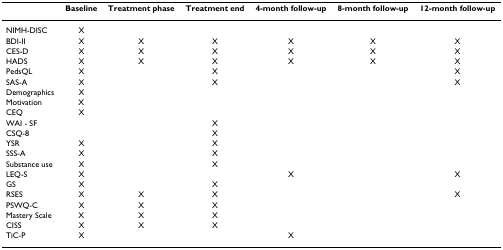
<table><thead><tr><td></td><td><b>Baseline</b></td><td><b>Treatment phase</b></td><td><b>Treatment end</b></td><td><b>4-month follow-up</b></td><td><b>8-month follow-up</b></td><td><b>12-month follow-up</b></td></tr></thead><tbody><tr><td>NIMH-DISC</td><td>X</td><td></td><td></td><td></td><td></td><td></td></tr><tr><td>BDI-II</td><td>X</td><td>X</td><td>X</td><td>X</td><td>X</td><td>X</td></tr><tr><td>CES-D</td><td>X</td><td>X</td><td>X</td><td>X</td><td>X</td><td>X</td></tr><tr><td>HADS</td><td>X</td><td>X</td><td>X</td><td>X</td><td>X</td><td>X</td></tr><tr><td>PedsQL</td><td>X</td><td></td><td>X</td><td></td><td></td><td>X</td></tr><tr><td>SAS-A</td><td>X</td><td></td><td>X</td><td></td><td></td><td>X</td></tr><tr><td>Demographics</td><td>X</td><td></td><td></td><td></td><td></td><td></td></tr><tr><td>Motivation</td><td>X</td><td></td><td></td><td></td><td></td><td></td></tr><tr><td>CEQ</td><td>X</td><td></td><td></td><td></td><td></td><td></td></tr><tr><td>WAI - SF</td><td></td><td></td><td>X</td><td></td><td></td><td></td></tr><tr><td>CSQ-8</td><td></td><td></td><td>X</td><td></td><td></td><td></td></tr><tr><td>YSR</td><td>X</td><td></td><td>X</td><td></td><td></td><td></td></tr><tr><td>SSS-A</td><td>X</td><td></td><td>X</td><td></td><td></td><td></td></tr><tr><td>Substance use</td><td>X</td><td></td><td>X</td><td></td><td></td><td></td></tr><tr><td>LEQ-S</td><td>X</td><td></td><td></td><td>X</td><td></td><td>X</td></tr><tr><td>GS</td><td>X</td><td></td><td>X</td><td></td><td></td><td></td></tr><tr><td>RSES</td><td>X</td><td>X</td><td>X</td><td></td><td></td><td>X</td></tr><tr><td>PSWQ-C</td><td>X</td><td>X</td><td>X</td><td></td><td></td><td></td></tr><tr><td>Mastery Scale</td><td>X</td><td>X</td><td>X</td><td></td><td></td><td></td></tr><tr><td>CISS</td><td>X</td><td>X</td><td>X</td><td></td><td></td><td></td></tr><tr><td>TiC-P</td><td>X</td><td></td><td></td><td>X</td><td></td><td></td></tr></tbody></table>